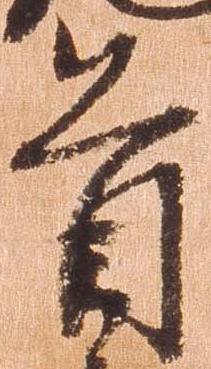
首